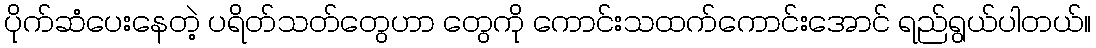
ပိုက်ဆံပေးနေတဲ့ ပရိတ်သတ်တွေဟာ တွေကို ကောင်းသထက်ကောင်းအောင် ရည်ရွယ်ပါတယ်။